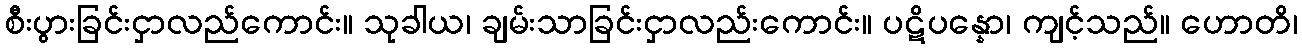
စီးပွားခြင်းငှာလည်ကောင်း။ သုခါယ၊ ချမ်းသာခြင်းငှာလည်းကောင်း။ ပဋိပန္နော၊ ကျင့်သည်။ ဟောတိ၊